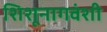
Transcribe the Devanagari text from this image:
शिशूनागवंशी